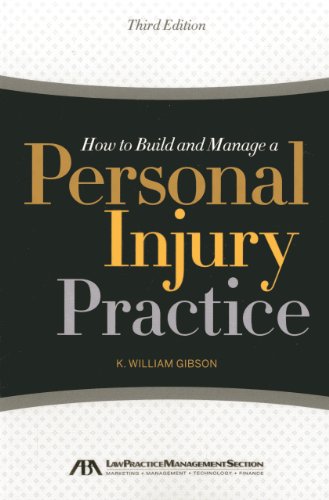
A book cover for How to Build and Manage a Personal Injury Practice; K. William Gibson; Law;